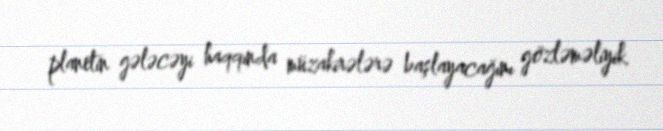
planetin gələcəyi haqqında müzakirələrə başlayacağını gözləməliyik.